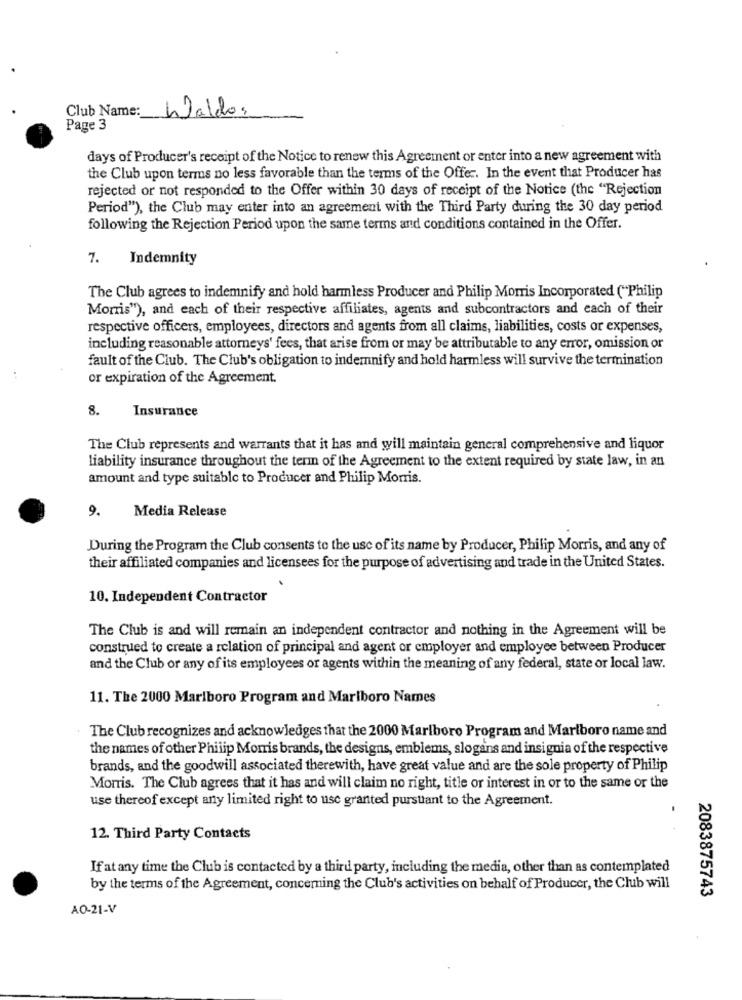
Club Name:
haldos
Page 3
days of Producer's receipt of the Notice to renew this Agreement or enter into a new agreement with
the Club upon terms no less favorable than the terms of the Offer. In the event that Producer has
rejected or not responded to the Offer within 30 days of receipt of the Notice (the "Rejection
Period"), the Club may enter into an agreement with the Third Party during the 30 day period
following the Rejection Period upon the same terms and conditions contained in the Offer.
7.
Indemnity
The Club agrees to indemnify and hold harmless Producer and Philip Morris Incorporated ("Philip
Morris"), and each of their respective affiliates, agents and subcontractors and each of their
respective officers, employees, directors and agents from all claims, liabilities, costs or expenses,
including reasonable attorneys' fees, that arise from or may be attributable to any error, omission or
fault of the Club. The Club's obligation to indemnify and hold harmless will survive the termination
or expiration of the Agreement.
8.
Insurance
The Club represents and warrants that it has and will maintain general comprehensive and liquor
liability insurance throughout the term of the Agreement to the extent required by state law, in an
amount and type suitable to Producer and Philip Morris.
9.
Media Release
During the Program the Club consents to the use of its name by Producer, Philip Morris, and any of
their affiliated companies and licensees for the purpose of advertising and trade in the United States.
10. Independent Contractor
The Club is and will remain an independent contractor and nothing in the Agreement will be
construed to create a relation of principal and agent or employer and employee between Producer
and the Club or any of its employees or agents within the meaning of any federal, state or local law.
11. The 2000 Marlboro Program and Marlboro Names
The Club recognizes and acknowledges that the 2000 Marlboro Program and Marlboro name and
the names of other Philip Morris brands, the designs, emblems, slogans and insignia of the respective
brands, and the goodwill associated therewith, have great value and are the sole property of Philip
Morris. The Club agrees that it has and will claim no right, title or interest in or to the same or the
use thereof except any limited right to use granted pursuant to the Agreement.
12. Third Party Contacts
If at any time the Club is contacted by a third party, including the media, other than as contemplated
by the terms of the Agreement, concerning the Club's activities on behalf of Producer, the Club will
2083875743
AO-21-V